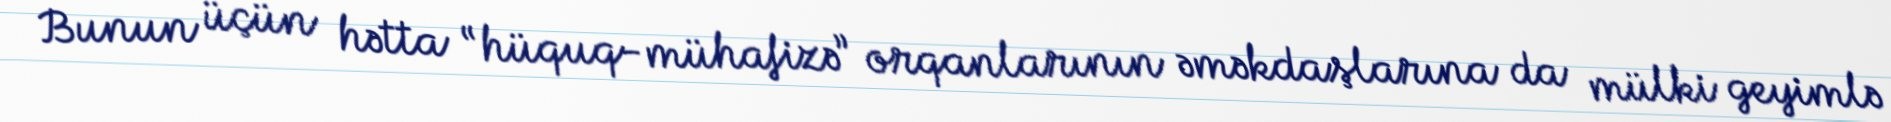
Bunun üçün hətta “hüquq-mühafizə” orqanlarının əməkdaşlarına da mülki geyimlə